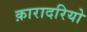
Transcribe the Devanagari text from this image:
क़ारादरियो